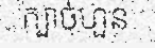
ក្បាច់ហួន